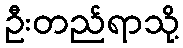
ဦးတည်ရာသို့